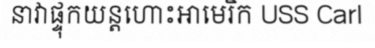
នាវាផ្ទុកយន្តហោះអាមេរិក USS Carl